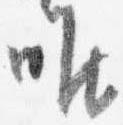
唯